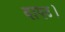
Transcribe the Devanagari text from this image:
बापट।